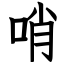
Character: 哨